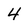
Character: 4